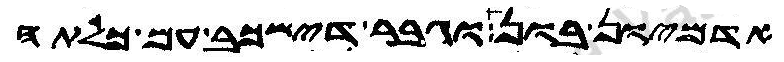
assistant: אדמיון בון וגבר דישכב עם כלתה